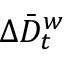
\Delta \bar { D } _ { t } ^ { w }